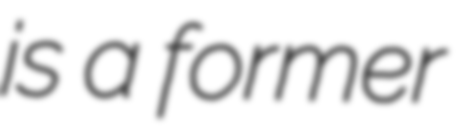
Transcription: is a former